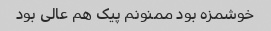
خوشمزه بود ممنونم پیک هم عالی بود